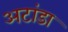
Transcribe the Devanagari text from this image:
अटांडा